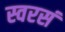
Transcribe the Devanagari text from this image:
स्वरसं